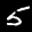
Label: 5